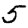
Digit: 5